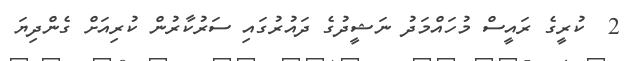
2  ކުރީގެ ރައީސް މުހައްމަދު ނަޝީދުގެ ދައުރުގައި ސަރުކާރުން ކުރިއަށް ގެންދިޔަ